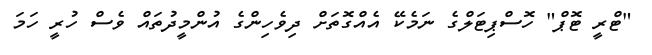
"ޓްރީ ޓޮޕް" ހޮސްޕިޓަލްގެ ނަމެކޭ އެއްގޮތަށް ދިވެހިންގެ އުންމީދުތައް ވެސް ހުރީ ހަމަ